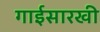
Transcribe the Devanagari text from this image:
गाईसारखी